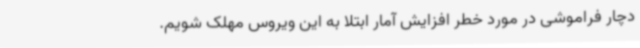
دچار فراموشی در مورد خطر افزایش آمار ابتلا به این ویروس مهلک شویم.